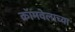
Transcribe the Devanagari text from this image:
क्रॉमवेलाच्या